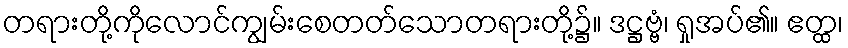
တရားတို့ကိုလောင်ကျွမ်းစေတတ်သောတရားတို့၌။ ဒဋ္ဌဗ္ဗံ၊ ရှုအပ်၏။ ဧတ္ထ၊